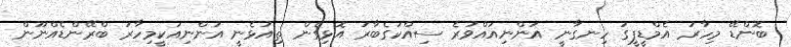
ބޮންޑޭ މިހާރު އެމްޑީޕީގަ ހިނގާނީ އަންނިއައްވުރެ ސިއްކަގެބާރު އޮޅިގެން ތިއުޅެނީ އަންނިއަކީމިހާރު ބްރޭންޑެއްނޫން